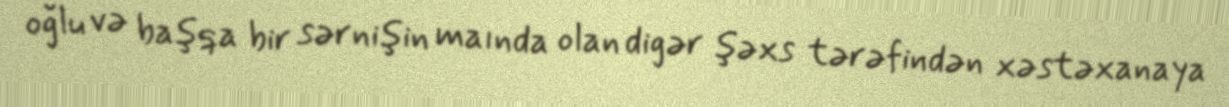
oğlu və başqa bir sərnişin maında olan digər şəxs tərəfindən xəstəxanaya